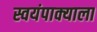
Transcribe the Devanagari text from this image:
स्वयंपाक्याला